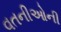
વતનીઓની